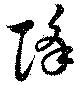
降